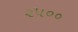
૨૫૦૦